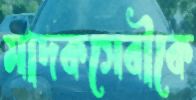
মাদকসেবীকে